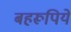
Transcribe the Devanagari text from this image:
बहरूपिये